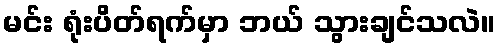
မင်း ရုံးပိတ်ရက်မှာ ဘယ် သွားချင်သလဲ။